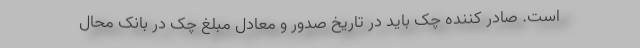
است. صادر کننده چک باید در تاریخ صدور و معادل مبلغ چک در بانک محال